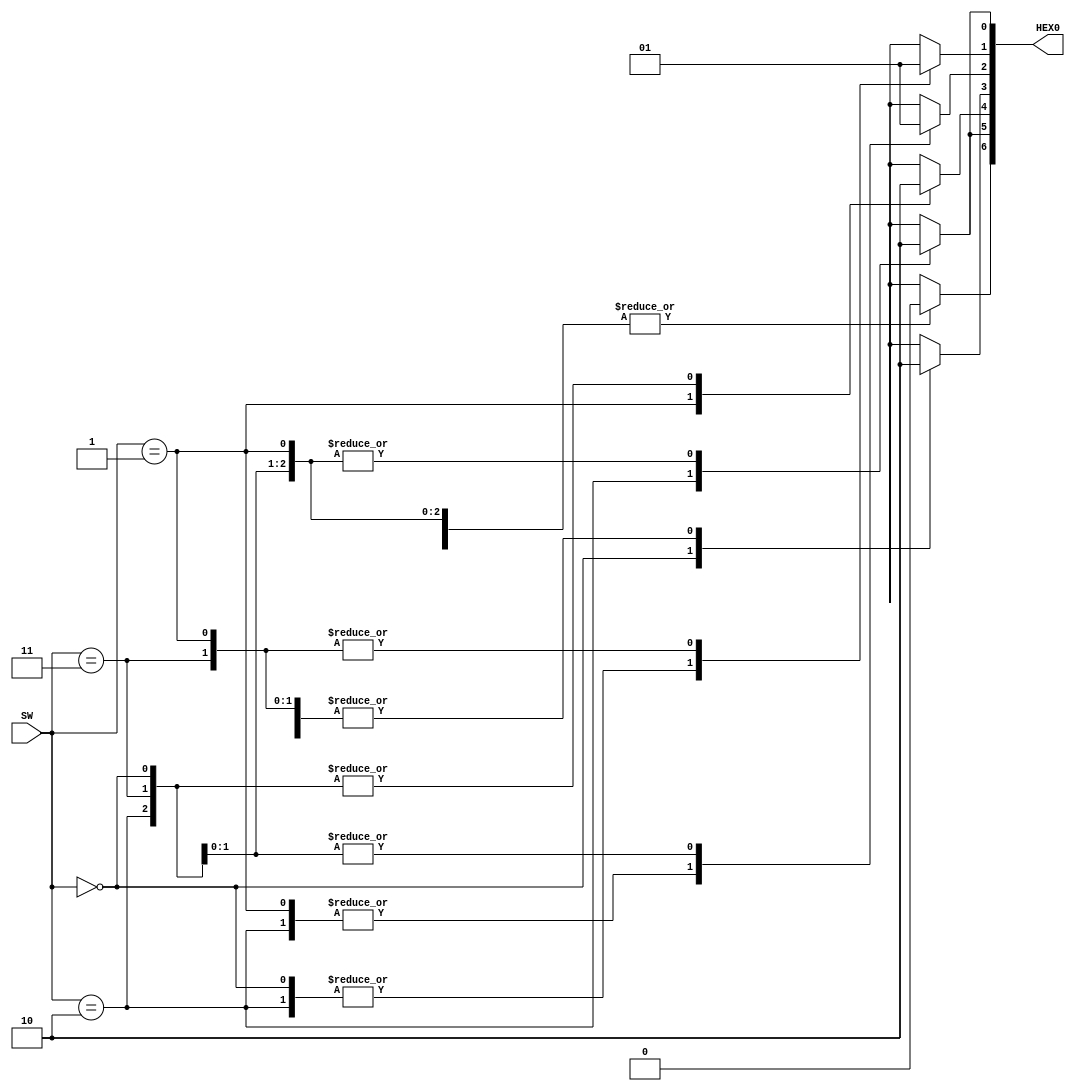
module codificadorBCDMotor(input [1:0]SW, output [6:0]HEX0);

	reg [8:0] val;
	assign HEX0 = val;

	//00 = parado
    //01 = subindo
    //10 = descendo
    //11 = erro
	always @(SW) begin
	case (SW)
		 4'b00: begin
			 val[0] <= 0;
			 val[1] <= 0;
			 val[2] <= 1;
			 val[3] <= 1;
			 val[4] <= 0;
			 val[5] <= 0;
			 val[6] <= 0;
			 end
		 4'b01:begin
			 val[0] <= 0;
			 val[1] <= 1;
			 val[2] <= 0;
			 val[3] <= 0;
			 val[4] <= 1;
			 val[5] <= 0;
			 val[6] <= 0;
			 end
		 4'b10: begin
			 val[0] <= 1;
			 val[1] <= 0;
			 val[2] <= 0;
			 val[3] <= 0;
			 val[4] <= 0;
			 val[5] <= 1;
			 val[6] <= 0;
			 end
		  4'b11: begin
			 val[0] <= 0;
			 val[1] <= 1;
			 val[2] <= 1;
			 val[3] <= 0;
			 val[4] <= 0;
			 val[5] <= 0;
			 val[6] <= 0;
			 end
		endcase
	end
endmodule